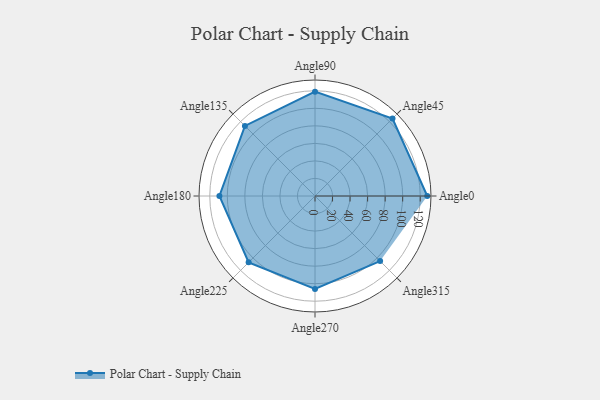
{"axis": {"x": "Angle", "y": "Radius"}, "legend": [""], "data": [{"x": "Angle0", "y": 128.0, "type": ""}, {"x": "Angle45", "y": 125.0, "type": ""}, {"x": "Angle90", "y": 119.0, "type": ""}, {"x": "Angle135", "y": 113.0, "type": ""}, {"x": "Angle180", "y": 109.0, "type": ""}, {"x": "Angle225", "y": 107.0, "type": ""}, {"x": "Angle270", "y": 106.0, "type": ""}, {"x": "Angle315", "y": 105.0, "type": ""}]}